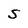
Character: S